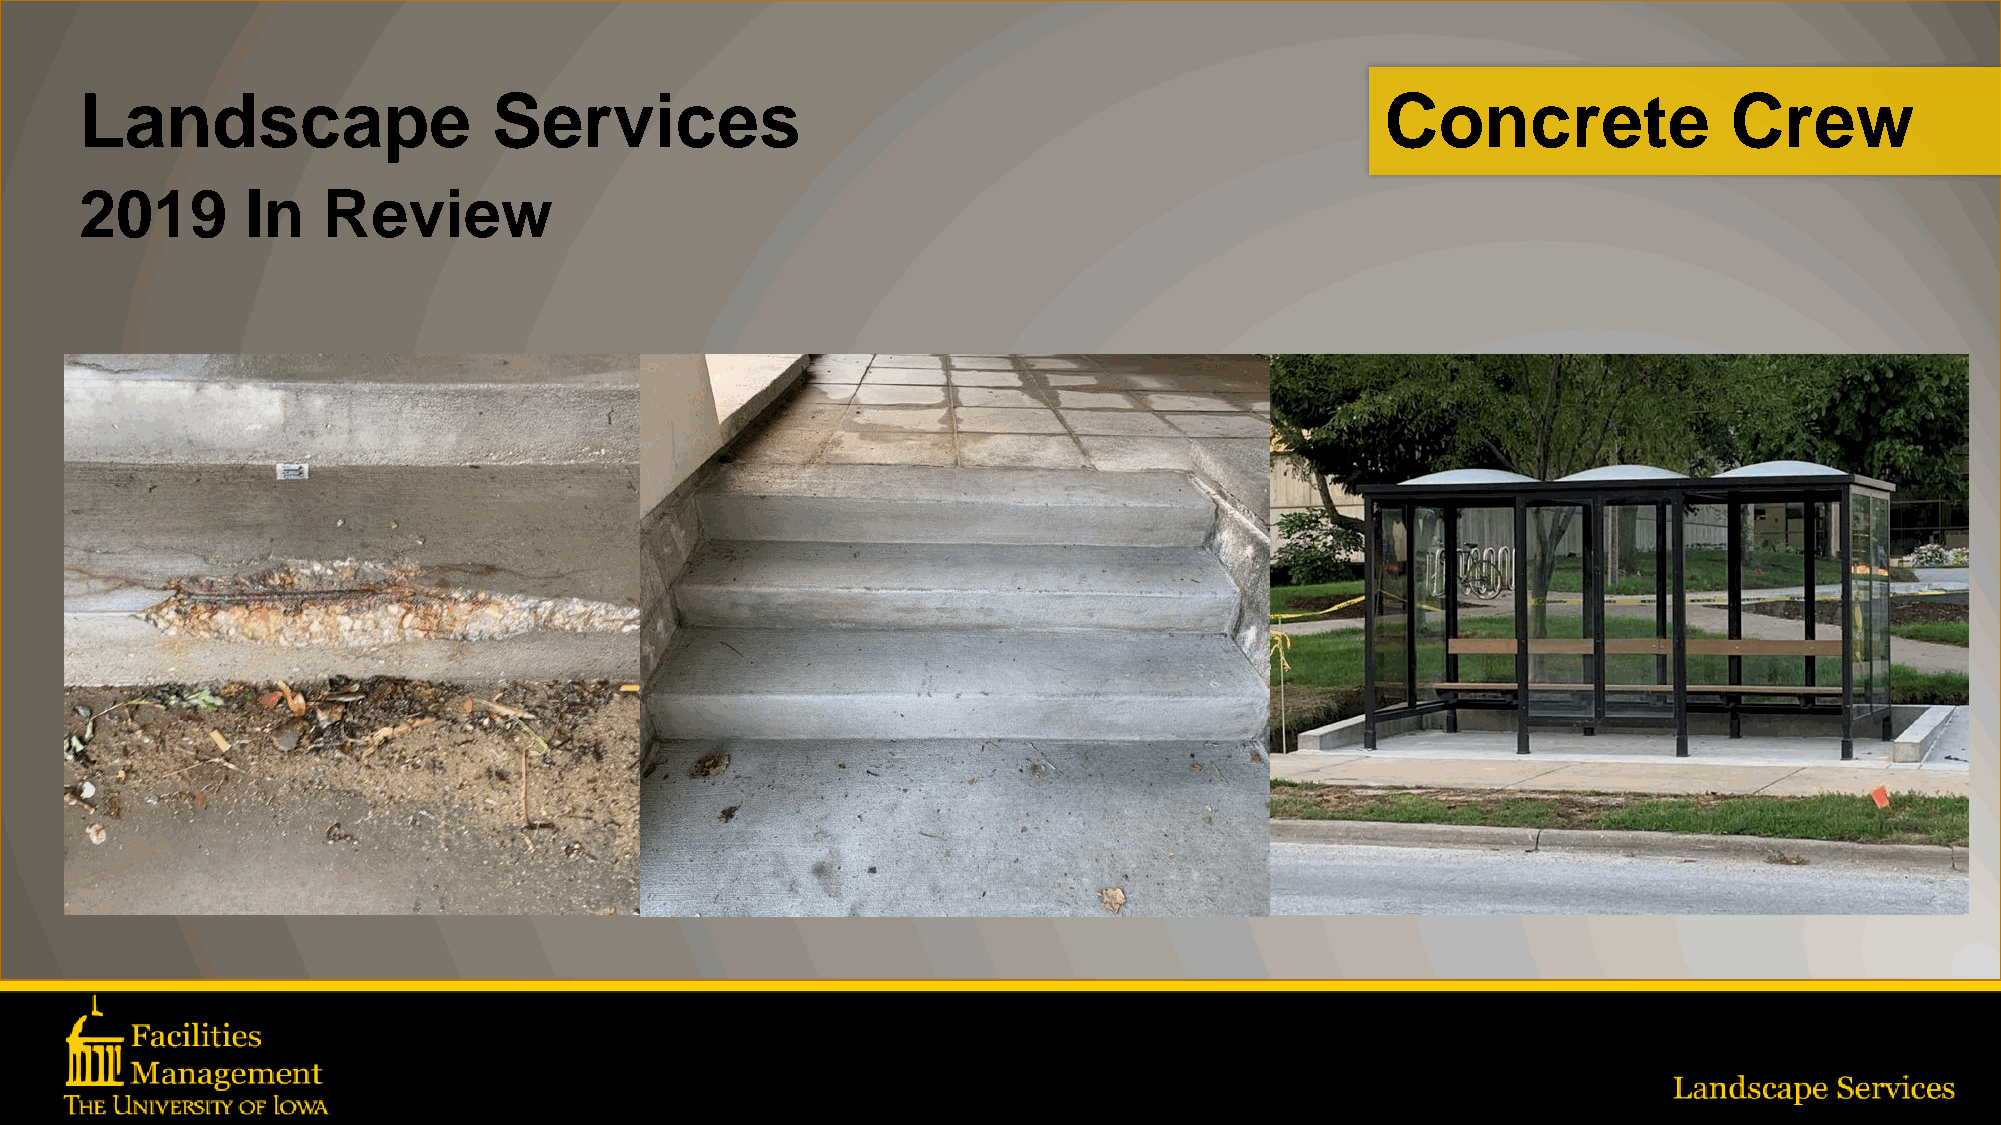
Landscape                   Services                                                   Concrete               Crew
 2019       In   Review